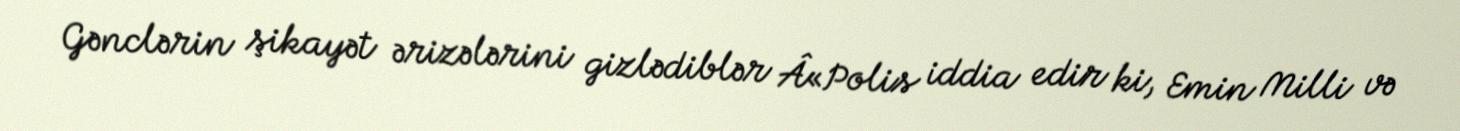
Gənclərin şikayət ərizələrini gizlədiblər Â«Polis iddia edir ki, Emin Milli və